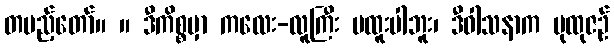
တပည့်တော်။ ။ ဒီကိစ္စမှာ ကလေး-လူကြီး မထူးပါဘူး၊ ဒီဝါသနာက ပုထုဇဉ်